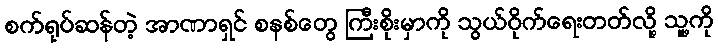
စက်ရုပ်ဆန်တဲ့ အာဏာရှင် စနစ်တွေ ကြီးစိုးမှာကို သွယ်ဝိုက်ရေးတတ်လို့ သူ့ကို